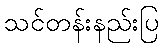
သင်တန်းနည်းပြ